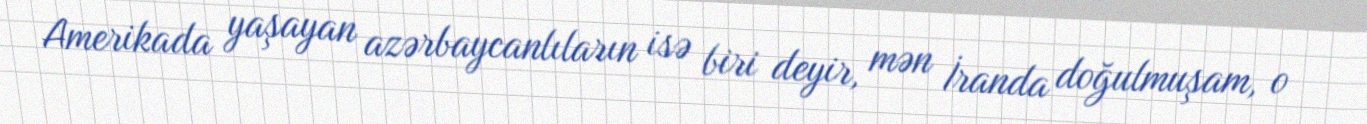
Amerikada yaşayan azərbaycanlıların isə biri deyir, mən İranda doğulmuşam, o